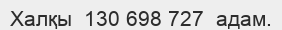
Халқы  130 698 727  адам.